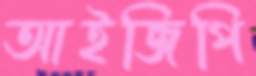
আইজিপি